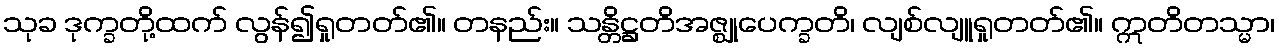
သုခ ဒုက္ခတို့ထက် လွန်၍ရှုတတ်၏။ တနည်း။ သန္တိဋ္ဌတိအဇ္ဈုပေက္ခတိ၊ လျစ်လျူရှုတတ်၏။ ဣတိတသ္မာ၊